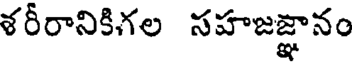
శరీరానికిగల సహజజ్ఞానం